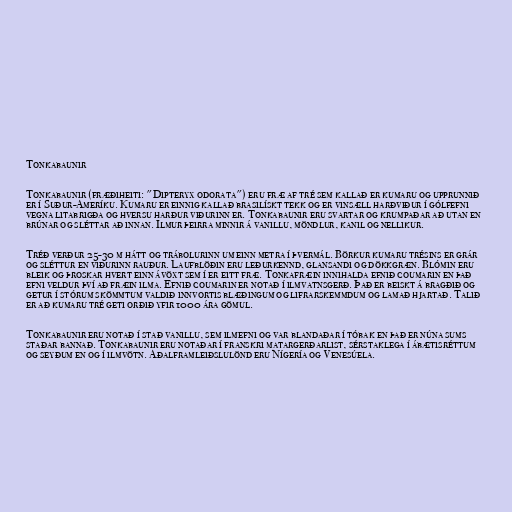
Tonkabaunir

Tonkabaunir (fræðiheiti: "Dipteryx odorata") eru fræ af tré sem kallað er kumaru og upprunnið
er í Suður-Ameríku. Kumaru er einnig kallað brasilískt tekk og er vinsæll harðviður í gólfefni
vegna litabrigða og hversu harður viðurinn er. Tonkabaunir eru svartar og krumpaðar að utan en
brúnar og sléttar að innan. Ilmur þeirra minnir á vanillu, möndlur, kanil og nellikur.

Tréð verður 25-30 m hátt og trábolurinn um einn metra í þvermál. Börkur kumaru trésins er grár
og sléttur en viðurinn rauður. Laufblöðin eru leðurkennd, glansandi og dökkgræn. Blómin eru
bleik og þroskar hvert einn ávöxt sem í er eitt fræ. Tonkafræin innihalda efnið coumarin en það
efni veldur því að fræin ilma. Efnið coumarin er notað í ilmvatnsgerð. Það er beiskt á bragðið og
getur í stórum skömmtum valdið innvortis blæðingum og lifrarskemmdum og lamað hjartað. Talið
er að kumaru tré geti orðið yfir 1000 ára gömul.

Tonkabaunir eru notað í stað vanillu, sem ilmefni og var blandaðar í tóbak en það er núna sums
staðar bannað. Tonkabaunir eru notaðar í franskri matargerðarlist, sérstaklega í ábætisréttum
og seyðum en og í ilmvötn. Aðalframleiðslulönd eru Nígería og Venesúela.